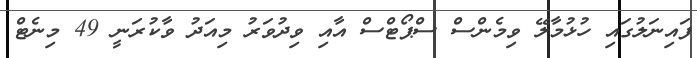
ފައިނަލުގައި ހުޅުމާލޭ ވިމެންސް ސްޕޯޓްސް އާއި ވިދުވަރު މިއަދު ވާކުރަނީ 49 މިނެޓް